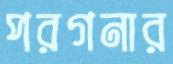
পরগনার